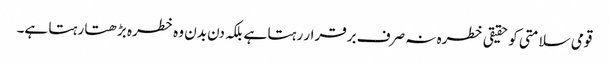
قومی سلامتی کو حقیقی خطرہ نہ صرف برقرار رہتا ہے بلکہ دن بدن وہ خطرہ بڑھتا رہتا ہے۔